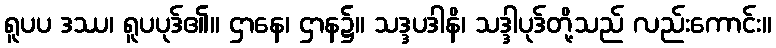
ရူပပ ဒဿ၊ ရူပပုဒ်၏။ ဌာနေ၊ ဌာန၌။ သဒ္ဒပဒါနိ၊ သဒ္ဒါပုဒ်တို့သည် လည်းကောင်း။